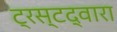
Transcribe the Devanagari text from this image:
ट्रस्टद्वारा